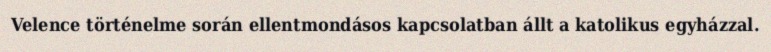
Velence történelme során ellentmondásos kapcsolatban állt a katolikus egyházzal.